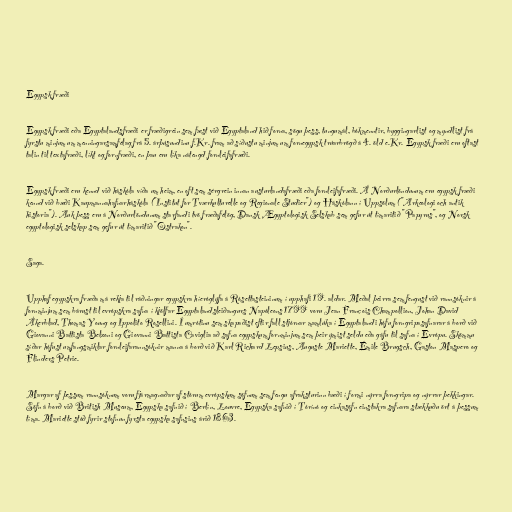
Egypsk fræði

Egypsk fræði eða Egyptalandsfræði er fræðigrein sem fæst við Egyptaland hið forna, sögu þess, tungumál, bókmenntir, byggingarlist og myndlist frá
fyrstu minjum um menningarsamfélag frá 5. árþúsundinu f.Kr. fram að síðustu minjum um fornegypsk trúarbrögð á 4. öld e.Kr. Egypsk fræði eru oftast
talin til textafræði, líkt og fornfræði, en þau eru líka nátengd fornleifafræði.

Egypsk fræði eru kennd við háskóla víða um heim, en oft sem sérgrein innan austurlandafræði eða fornleifafræði. Á Norðurlöndunum eru egypsk fræði
kennd við bæði Kaupmannahafnarháskóla ("Institut for Tværkulturelle og Regionale Studier") og Háskólann í Uppsölum ("Arkeologi och antik
historia"). Auk þess eru á Norðurlöndunum starfandi tvö fræðafélög, Dansk Ægyptologisk Selskab sem gefur út tímaritið "Papyrus", og Norsk
egyptologisk selskap sem gefur út tímaritið "Ostrakon".

Saga.

Upphaf egypskra fræða má rekja til ráðningar egypskra híeróglýfa á Rósettasteininum í upphafi 19. aldar. Meðal þeirra sem fengust við rannsóknir á
fornminjum sem bárust til evrópskra safna í kjölfar Egyptalandsleiðangurs Napóleons 1799 voru Jean François Champollion, Johan David
Åkerblad, Thomas Young og Ippolito Rosellini. Í umrótinu sem skapaðist eftir fall stjórnar mamlúka í Egyptalandi hófu forngripasafnarar á borð við
Giovanni Battista Belzoni og Giovanni Battista Caviglia að safna egypskum fornminjum sem þeir ýmist seldu eða gáfu til safna í Evrópu. Skömmu
síðar hófust umfangsmiklar fornleifarannsóknir manna á borð við Karl Richard Lepsius, Auguste Mariette, Émile Brugsch, Gaston Maspero og
Flinders Petrie.

Margar af þessum rannsóknum voru fjármagnaðar af stórum evrópskum söfnum sem fengu afraksturinn bæði í formi nýrra forngripa og nýrrar þekkingar.
Söfn á borð við British Museum, Egypska safnið í Berlín, Louvre, Egypska safnið í Tórínó og einkasöfn einstakra safnara stækkuðu ört á þessum
tíma. Mariette stóð fyrir stofnun fyrsta egypska safnsins árið 1863.